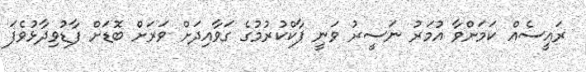
ރައީސެއް ކަމަށްވާ އުމަރު ނަސީރު ވަނީ ޕާކްކުރުމުގެ ގަވާއިދަށް ވަރަށް ބޮޑަށް ފާޑުވިދާޅުވެފަ